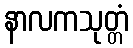
နာလကသုတ္တံ